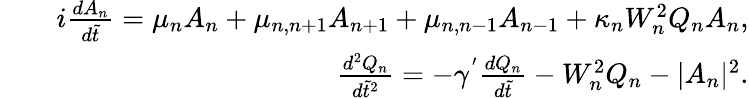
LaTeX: \begin{array}{rlr}&{}&{i\frac{dA_{n}}{d\tilde{t}}=\mu_{n}A_{n}+\mu_{n,n+1}A_{n+1}+\mu_{n,n-1}A_{n-1}+\kappa_{n}W_{n}^{2}Q_{n}A_{n},}\\ &{}&{\frac{d^{2}Q_{n}}{d\tilde{t}^{2}}=-\gamma^{'}\frac{dQ_{n}}{d\tilde{t}}-W_{n}^{2}Q_{n}-|A_{n}|^{2}.}\end{array}